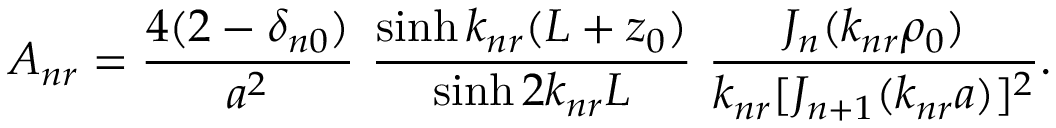
A _ { n r } = { \frac { 4 ( 2 - \delta _ { n 0 } ) } { a ^ { 2 } } } \, \, { \frac { \sinh k _ { n r } ( L + z _ { 0 } ) } { \sinh 2 k _ { n r } L } } \, \, { \frac { J _ { n } ( k _ { n r } \rho _ { 0 } ) } { k _ { n r } [ J _ { n + 1 } ( k _ { n r } a ) ] ^ { 2 } } } .